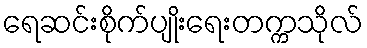
ရေဆင်းစိုက်ပျိုးရေးတက္ကသိုလ်